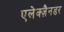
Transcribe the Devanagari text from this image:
एलेक्ज़ैनडर